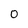
Character: O